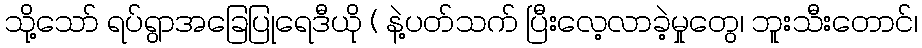
သို့သော် ရပ်ရွာအခြေပြုရေဒီယို ( နဲ့ပတ်သက် ပြီးလေ့လာခဲ့မှုတွေ၊ ဘူးသီးတောင်၊